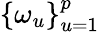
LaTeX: \{ \omega_{u}\} _{u=1}^{p}